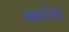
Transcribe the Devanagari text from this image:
नकलेचा